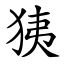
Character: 㹫